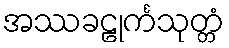
အဿခဠုင်္ကသုတ္တံ